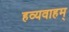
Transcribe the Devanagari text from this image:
हव्यवाहम्